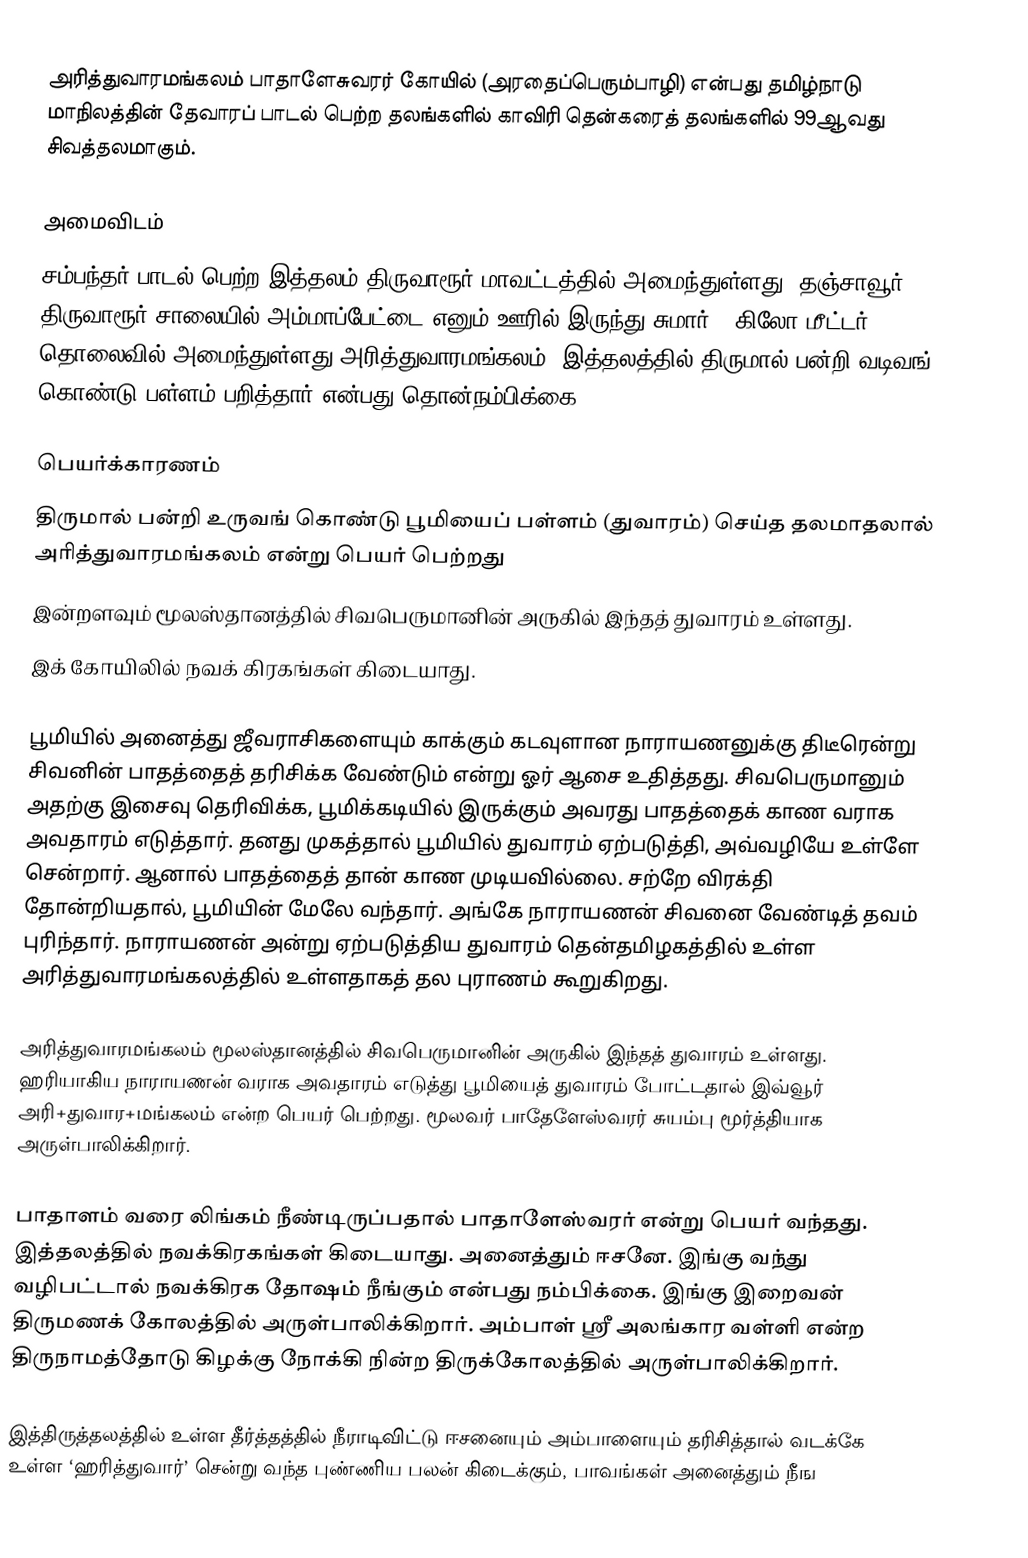
அரித்துவாரமங்கலம் பாதாளேசுவரர் கோயில் (அரதைப்பெரும்பாழி) என்பது தமிழ்நாடு மாநிலத்தின் தேவாரப் பாடல் பெற்ற தலங்களில் காவிரி தென்கரைத் தலங்களில் 99ஆவது சிவத்தலமாகும்.

அமைவிடம்
சம்பந்தர் பாடல் பெற்ற இத்தலம் திருவாரூர் மாவட்டத்தில் அமைந்துள்ளது. தஞ்சாவூர் - திருவாரூர் சாலையில் அம்மாப்பேட்டை எனும் ஊரில் இருந்து சுமார் 7 கிலோ மீட்டர் தொலைவில் அமைந்துள்ளது அரித்துவாரமங்கலம். இத்தலத்தில் திருமால் பன்றி வடிவங் கொண்டு பள்ளம் பறித்தார் என்பது தொன்நம்பிக்கை.

பெயர்க்காரணம்
 திருமால் பன்றி உருவங் கொண்டு பூமியைப் பள்ளம் (துவாரம்) செய்த தலமாதலால் அரித்துவாரமங்கலம் என்று பெயர் பெற்றது
இன்றளவும் மூலஸ்தானத்தில் சிவபெருமானின் அருகில் இந்தத் துவாரம் உள்ளது.
இக் கோயிலில் நவக் கிரகங்கள் கிடையாது.

பூமியில் அனைத்து ஜீவராசிகளையும் காக்கும் கடவுளான நாராயணனுக்கு திடீரென்று சிவனின் பாதத்தைத் தரிசிக்க வேண்டும் என்று ஓர் ஆசை உதித்தது. சிவபெருமானும் அதற்கு இசைவு தெரிவிக்க, பூமிக்கடியில் இருக்கும் அவரது பாதத்தைக் காண வராக அவதாரம் எடுத்தார். தனது முகத்தால் பூமியில் துவாரம் ஏற்படுத்தி, அவ்வழியே உள்ளே சென்றார். ஆனால் பாதத்தைத் தான் காண முடியவில்லை. சற்றே விரக்தி தோன்றியதால், பூமியின் மேலே வந்தார். அங்கே நாராயணன் சிவனை வேண்டித் தவம் புரிந்தார். நாராயணன் அன்று ஏற்படுத்திய துவாரம் தென்தமிழகத்தில் உள்ள அரித்துவாரமங்கலத்தில் உள்ளதாகத் தல புராணம் கூறுகிறது.

அரித்துவாரமங்கலம் மூலஸ்தானத்தில் சிவபெருமானின் அருகில் இந்தத் துவாரம் உள்ளது. ஹரியாகிய நாராயணன் வராக அவதாரம் எடுத்து பூமியைத் துவாரம் போட்டதால் இவ்வூர் அரி+துவார+மங்கலம் என்ற பெயர் பெற்றது. மூலவர் பாதேளேஸ்வரர் சுயம்பு மூர்த்தியாக அருள்பாலிக்கிறார்.

பாதாளம் வரை லிங்கம் நீண்டிருப்பதால் பாதாளேஸ்வரர் என்று பெயர் வந்தது. இத்தலத்தில் நவக்கிரகங்கள் கிடையாது. அனைத்தும் ஈசனே. இங்கு வந்து வழிபட்டால் நவக்கிரக தோஷம் நீங்கும் என்பது நம்பிக்கை. இங்கு இறைவன் திருமணக் கோலத்தில் அருள்பாலிக்கிறார். அம்பாள் ஸ்ரீ அலங்கார வள்ளி என்ற திருநாமத்தோடு கிழக்கு நோக்கி நின்ற திருக்கோலத்தில் அருள்பாலிக்கிறார்.

இத்திருத்தலத்தில் உள்ள தீர்த்தத்தில் நீராடிவிட்டு ஈசனையும் அம்பாளையும் தரிசித்தால் வடக்கே உள்ள ‘ஹரித்துவார்’ சென்று வந்த புண்ணிய பலன் கிடைக்கும், பாவங்கள் அனைத்தும் நீங